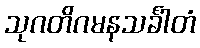
သုဂတိဂမနသင်္ခါတံ